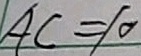
A C = 1 0